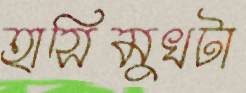
হাসিমুখটা